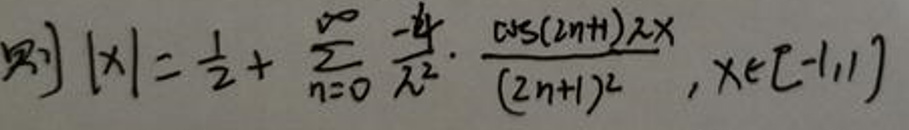
\[ |x|=\frac{1}{2}+\sum_{n = 0}^{\infty}\frac{-4}{\pi^{2}}\cdot\frac{\cos((2n + 1)\pi x)}{(2n+1)^{2}},x\in[-1,1] \]